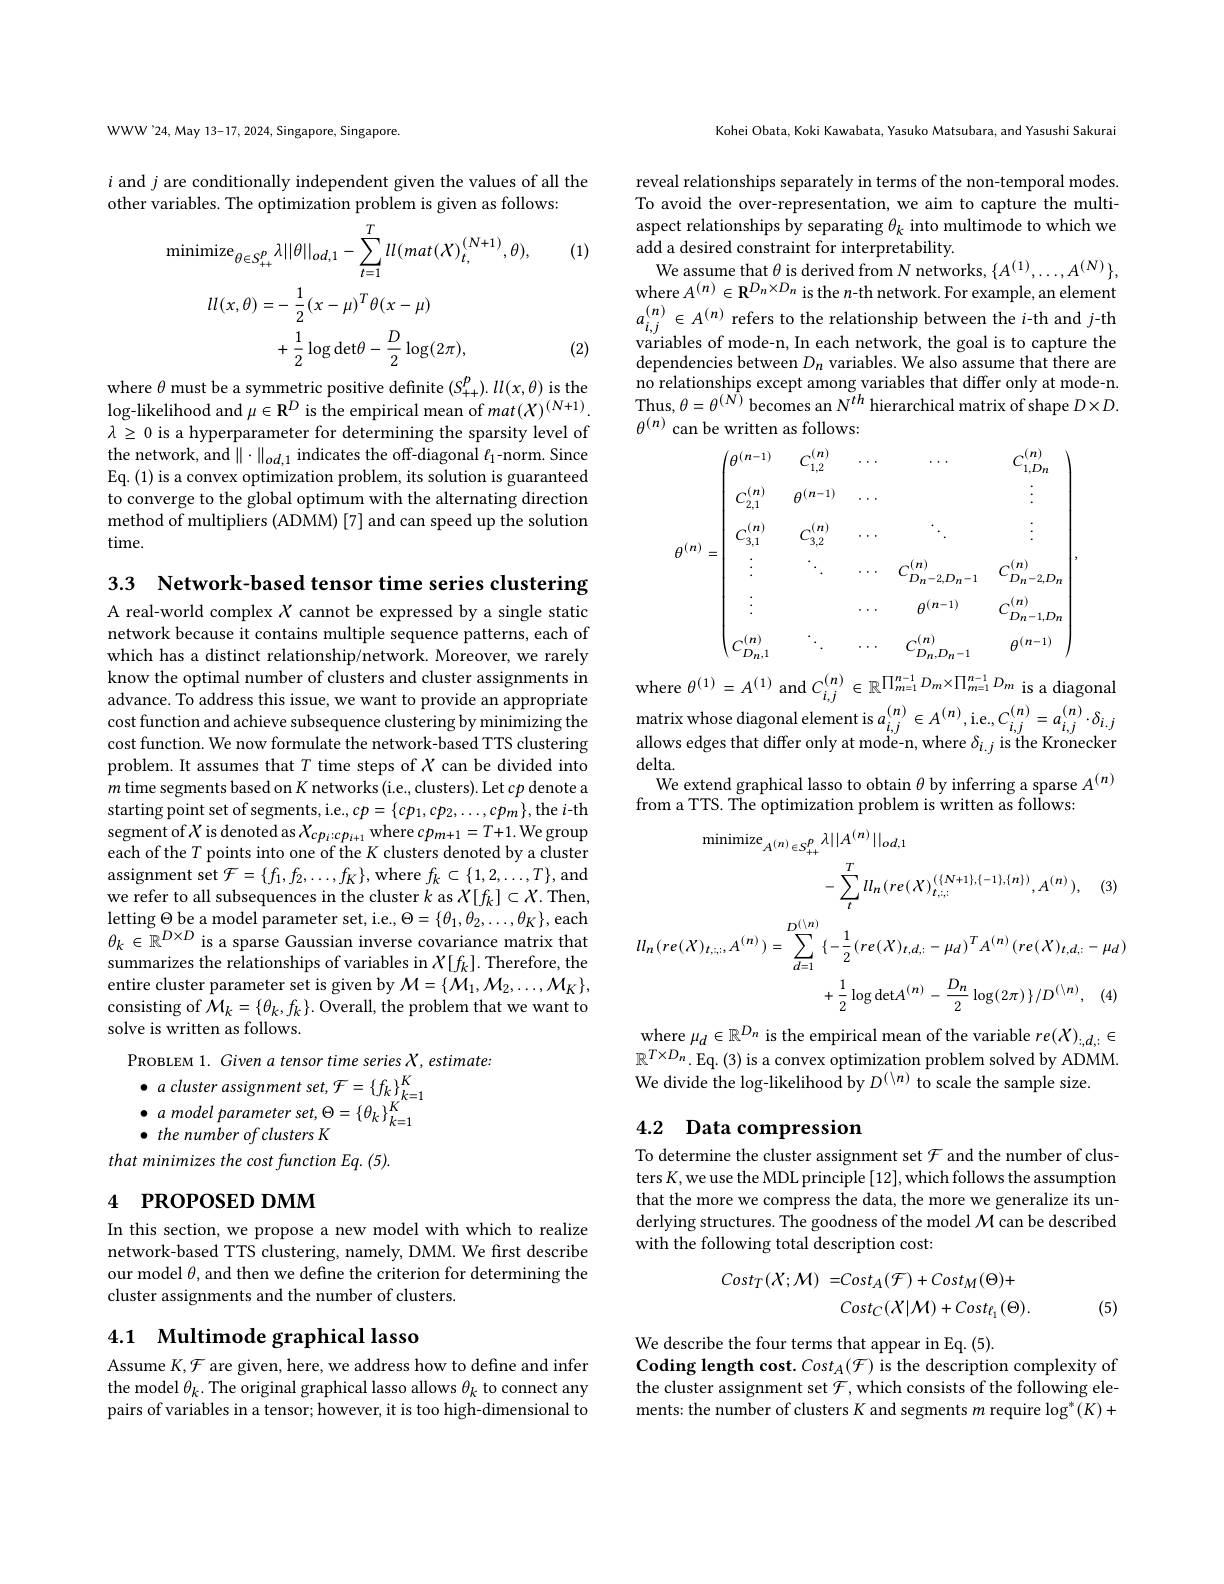
WWW'24,May 13-17, 2024, Singapore, Singapore.

$i$ and $j$ are conditionally independent given the values of all the
other variables. The optimization problem is given as follows:
$$\mathrm{minimize}_{\theta\in S_{++}^{p}}\lambda||\theta||_{od,1}-\sum_{t=1}^{T}ll(mat(X)_{t,}^{(N+1)},\theta),\\ll(x,\theta)=-\:\frac{1}{2}(x-\mu)^{T}\theta(x-\mu)\\+\frac{1}{2}\log\det\theta-\frac{D}{2}\log(2\pi),$$
(1)

(2)

where $\theta$ must be a symmetric positive definite $( S_{+ + }^{p}) . ll( x, \theta )$ is the $\log -$likelihood and $\mu \in \mathbf{R} ^{D}$ is the empirical mean of $mat( X) ^{( N+ 1) }.$ $\lambda\geq0$ is a hyperparameter for determining the sparsity level of the network, and $\|\cdot\|_{od,1}$ indicates the off-diagonal $\ell_1$-norm. Since Eq. (1) is a convex optimization problem, its solution is guaranteed to converge to the global optimum with the alternating direction method of multipliers (ADMM) [7] and can speed up the solution time.

3.3 Network-based tensor time series clustering A real-world complex $X$ cannot be expressed by a single static network because it contains multiple sequence patterns, each of which has a distinct relationship/network. Moreover, we rarely know the optimal number of clusters and cluster assignments in advance. To address this issue, we want to provide an appropriate cost function and achieve subsequence clustering by minimizing the cost function. We now formulate the network-based TTS clustering problem. It assumes that $T$ time steps of $X$ can be divided into $m$ time segments based on $K$ networks (i.e., clusters). Let $cp$ denote a starting point set of segments, i.e., $cp=\{cp_1,cp_2,\ldots,cp_m\}$, the $i$-th segment of $X$ is denoted as $X_cp_i:cp_{i+1}$ where $cp_m+1=T+1.$ We group each of the $T$ points into one of the $K$ clusters denoted by a cluster $\operatorname{assignment}\operatorname{set}\mathcal{F}=\{f_{1},f_{2},\ldots,f_{K}\},\operatorname{where}f_{k}\subset\{1,2,\ldots,T\}$,and we refer to all subsequences in the cluster $k$ as $X[f_k]\subset X.$ Then, letting $\Theta_\mathrm{DVD}$ be a model parameter set, i.e., $\Theta=\{\theta_1,\theta_2,\ldots,\theta_K\}$, each $\theta_k\in\mathbb{R}^{D\times D}$ is a sparse Gaussian inverse covariance matrix that summarizes the relationships of variables in $X[f_k].$ Therefore, the entire cluster parameter set is given by $\mathcal{M}=\{\mathcal{M}_1,\mathcal{M}_2,\ldots,\mathcal{M}_K\}$, consisting of $\mathcal{M}_k=\{\theta_k,f_k\}.$ Overall, the problem that we want to solve is written as follows.
$\begin{array}{c}{\mathrm{PROBLEM~1.~Given~a~tensor~time~series~X,~estimate:}}\\{\bullet~a~cluster~assignment~set,~\mathcal F=\{f_{k}\}_{k=1}^{K}}\end{array}$
$\bullet$ $a$ model parameter $set, \Theta = \left \{ \theta _{k}\right \} _{k= 1}^{K}$
$\bullet$ the number of clusters K
that minimizes the cost function Eq. (5).

## 4 PROPOSED DMM

In this section, we propose a new model with which to realize network-based TTS clustering, namely, DMM. We first describe our model $\theta$, and then we define the criterion for determining the cluster assignments and the number of clusters.

## 4.1 Multimode graphical lasso

Assume $K,\mathcal{F}$ are given, here, we address how to define and infer the model $\theta_k.$ The original graphical lasso allows $\theta_k$ to connect any pairs of variables in a tensor; however, it is too high-dimensional to

Kohei Obata, Koki Kawabata, Yasuko Matsubara, and Yasushi Sakurai

We assume that $\theta$ is derived from N networks, $\{A^(1),\ldots,A^{(N)}\}$, where $A^(n)\in\mathbf{R}^{D_n\times D_n}$ is the $n$-th network. For example, an element

reveal relationships separately in terms of the non-temporal modes To avoid the over-representation, we aim to capture the multiaspect relationships by separating $\theta_k$ into multimode to which we add a desired constraint for interpretability.
$a_{i,j}^{(n)}\in A^{(n)}$ refers to the relationship between the $i$-th and $j$-th variables of mode-n, In each network, the goal is to capture the dependencies between $D_n$ variables. We also assume that there are no relationships except among variables that differ only at mode-n Thus, $\theta=\theta^{(N)}$ becomes an $N^th$ hierarchical matrix of shape $D\times D.$ $\theta^{(n)}$ can be written as follows:
$$\theta^{(n)}=\begin{pmatrix}\theta^{(n-1)}&C_{1,2}^{(n)}&\cdots&\cdots&C_{1,Dn}^{(n)}\\C_{2,1}^{(n)}&\theta^{(n-1)}&\cdots&&\vdots\\C_{3,1}^{(n)}&C_{3,2}^{(n)}&\cdots&\ddots&\vdots\\\vdots&\ddots&\cdots&C_{D_{n}-2,D_{n}-1}^{(n)}&C_{D_{n}-2,D_{n}}^{(n)}\\\vdots&&\cdots&\theta^{(n-1)}&C_{D_{n}-1,D_{n}}^{(n)}\\C_{D_{n},1}^{(n)}&\ddots&\cdots&C_{D_{n},D_{n}-1}^{(n)}&\theta^{(n-1)}\end{pmatrix},$$
where $\theta^{(1)}=A^{(1)}$ and $C_i,j^{(n)}\in\mathbb{R}^{\prod_{m=1}^{n-1}D_m\times\prod_{m=1}^{n-1}D_m}$ is a diagona matrix whose diagonal element is $a_{i, j}^{( n) }\in A^{( n) }$,i. e. $C_{i, j}^{( n) }= a_{i, j}^{( n) }\cdot \delta _{i. j}$ allows edges that differ only at mode-n, where $\delta_{i.j}$ is the Kronecke delta.
elta. We extend graphical lasso to obtain $\theta$ by inferring a sparse $A^{(n)}$
from a TTS. The optimization problem is written as follows:
$$\mathrm{minimize}_{A^{(n)}\in S_{++}^{p}}\lambda||A^{(n)}||_{od,1}\\-\sum_{t}^{T}ll_{n}(re(X)_{t,;;}^{(\{N+1\},\{-1\},\{n\})},A^{(n)}),\quad(3)\\ll_{n}(re(X)_{t,;;},A^{(n)})=\sum_{d=1}^{D^{((n))}}\{-\frac{1}{2}(re(X)_{t,d,:}-\mu_{d})^{T}A^{(n)}(re(X)_{t,d,:}-\mu_{d})\\+\frac{1}{2}\log\det A^{(n)}-\frac{D_{n}}{2}\log(2\pi)\:\}/D^{(\setminus n)},\quad(4)$$
where $\mu_d\in\mathbb{R}^{D_n}$ is the empirical mean of the variable $re(X)_{:,d,:}\in$ $\mathbb{R}^{T\times D_{n}}.$Eq.(3)is a convex optimization problem solved by ADMM. We divide the log-likelihood by $D^{(\setminus n)}$ to scale the sample size.

### 4.2 Data compression

To determine the cluster assignment set $\mathcal{F}$ and the number of clusters $K$,we use the MDL principle [12],which follows the assumption that the more we compress the data, the more we generalize its underlying structures. The goodness of the model $\mathcal{M}$ can be described with the following total description cost:
$$\begin{aligned}Cost_{T}(X;\mathcal{M})=&Cost_{A}(\mathcal{F})+Cost_{M}(\Theta)+\\&Cost_{C}(\mathcal{X}|\mathcal{M})+Cost_{\ell_{1}}(\Theta).\end{aligned}$$
(5)

We describe the four terms that appear in Eq.(5).
Coding length cost. $Cost_{A}(\mathcal{F})$ is the description complexity of the cluster assignment set $\mathcal{F}$,which consists of the following elements: the number of clusters $K$ and segments $m$ require$\log ^* ( K) +$